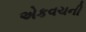
એકવચની